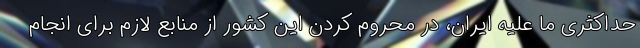
حداکثری ما علیه ایران، در محروم کردن این کشور از منابع لازم برای انجام